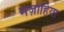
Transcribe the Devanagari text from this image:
मज़ाहिया